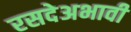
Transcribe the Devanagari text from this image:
रसदेअभावी